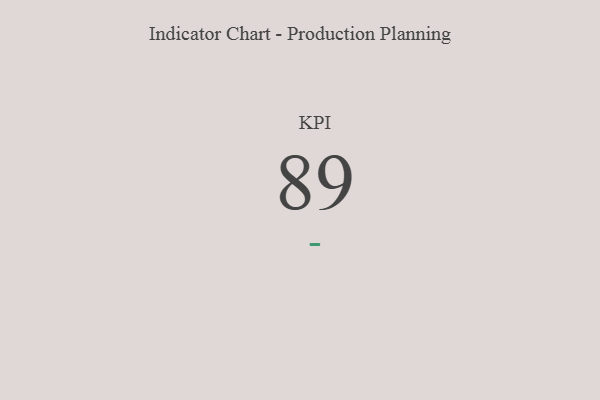
{"axis": {"x": "KPI", "y": "Value"}, "legend": [""], "data": [{"x": "KPI", "y": 89, "type": ""}]}